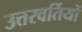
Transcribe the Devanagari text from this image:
उत्तरवर्तियों